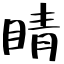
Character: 睛